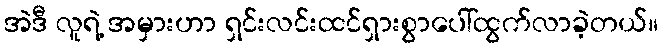
အဲဒီ လူရဲ့ အမှားဟာ ရှင်းလင်းထင်ရှားစွာပေါ်ထွက်လာခဲ့တယ်။